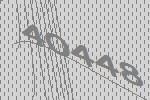
40448